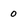
Character: o